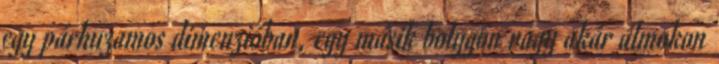
egy párhuzamos dimenzióban, egy másik bolygón vagy akár álmokon